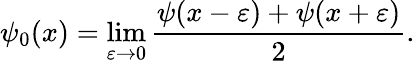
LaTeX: \psi_{0}(x)=\operatorname*{lim}_{\varepsilon\rightarrow 0}{\frac{\psi(x-\varepsilon)+\psi(x+\varepsilon)}{2}}.